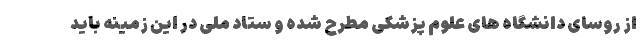
از روسای دانشگاه های علوم پزشکی مطرح شده و ستاد ملی در این زمینه باید